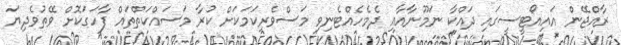
ރާއްޖޭން އައިއޯޓީސީގައި ދައްކާ ނަމޫނާއާއި ދެމެހެއްޓެނިވި މަސްވެރިކަމަކަށް ކުރާ މަސައްކަތްތައް ފާހަގަކޮށް ވޭތުވެދިޔަ